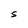
Character: S